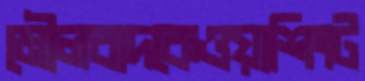
মৌলবাদকেওয়াশিংট